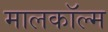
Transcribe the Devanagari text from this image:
मालकॉल्म